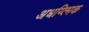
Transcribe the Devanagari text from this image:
अधय्त्मिक